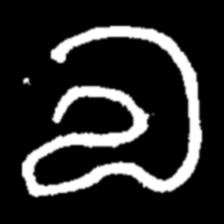
Pyu character \u2014 Myanmar letter: လ (romanized: la)